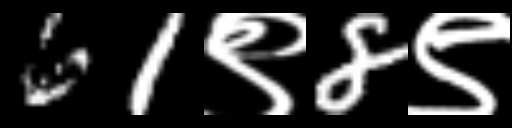
Text: 61९8९